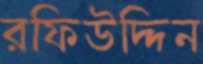
রফিউদ্দিন